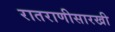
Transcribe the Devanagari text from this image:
रातराणीसारखी